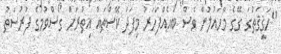
''ހަޤީޤަތުގަ ގޭގެ މާހައުލުން ވެސް ބައެއްފަހަރު މިފަދަ ކޭސްތައް އިތުރަށް ގޯސްވުމުގެ ފުރުސަތު